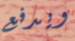
ويدفع